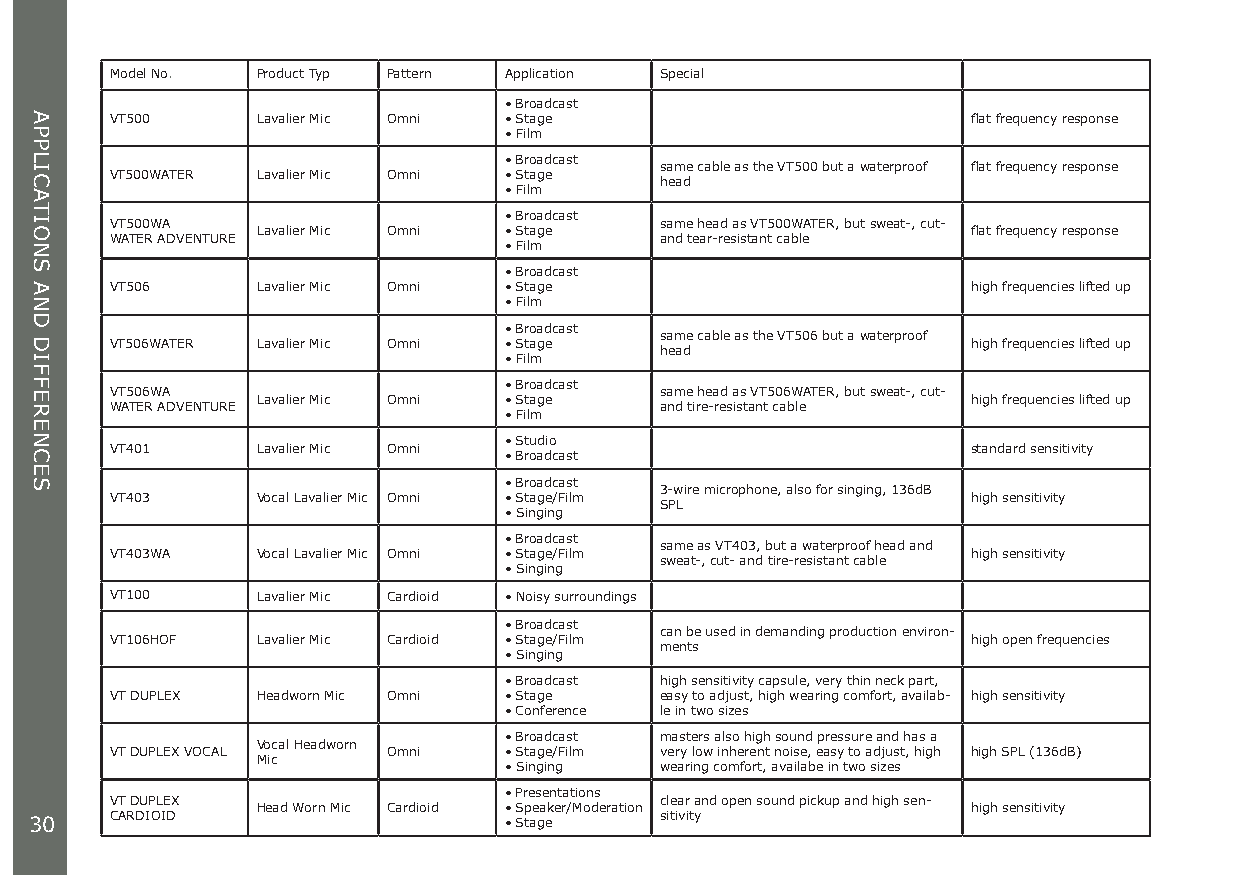
Model No. Product Typ Pattern Application Special
 • Broadcast
 VT500     Lavalier Mic Omni • Stage                      flat frequency response
 • Film
 • Broadcast
 same cable as the VT500 but a waterproof flat frequency response
 VT500WATER Lavalier Mic Omni • Stage
 head
 • Film
 • Broadcast
 VT500WA                              same head as VT500WATER, but sweat-, cut-
 Lavalier Mic Omni • Stage                      flat frequency response
 WATER ADVENTURE                      and tear-resistant cable
 • Film
 • Broadcast
 VT506     Lavalier Mic Omni • Stage                      high frequencies lifted up
 • Film
 • Broadcast
 same cable as the VT506 but a waterproof VT506WATER Lavalier Mic Omni • Stage high frequencies lifted up
 head
 • Film
 • Broadcast
 VT506WA                              same head as VT506WATER, but sweat-, cut-
 Lavalier Mic Omni • Stage                      high frequencies lifted up
 WATER ADVENTURE                      and tire-resistant cable
 • Film
 • Studio
 VT401     Lavalier Mic Omni                              standard sensitivity
 • Broadcast
 • Broadcast
 3-wire microphone, also for singing, 136dB
 VT403     Vocal Lavalier Mic Omni • Stage/Film           high sensitivity
 SPL
 • Singing
 • Broadcast
 same as VT403, but a waterproof head and
 VT403WA   Vocal Lavalier Mic Omni • Stage/Film           high sensitivity
 sweat-, cut- and tire-resistant cable
 • Singing
 VT100     Lavalier Mic Cardioid • Noisy surroundings
 • Broadcast
 can be used in demanding production environ-
 VT106HOF  Lavalier Mic Cardioid • Stage/Film             high open frequencies
 ments
 • Singing
 • Broadcast high sensitivity capsule, very thin neck part,
 VT DUPLEX Headworn Mic Omni • Stage  easy to adjust, high wearing comfort, availab- high sensitivity
 • Conference le in two sizes
 • Broadcast masters also high sound pressure and has a
 Vocal Headworn
 VT DUPLEX VOCAL    Omni   • Stage/Film very low inherent noise, easy to adjust, high high SPL (136dB)
 Mic
 • Singing  wearing comfort, availabe in two sizes
 • Presentations
 VT DUPLEX                            clear and open sound pickup and high sen-
 Head Worn Mic Cardioid • Speaker/Moderation    high sensitivity
 30   CARDIOID                  • Stage    sitivity
 APPLICATIONS
 AND
 DIFFERENCES